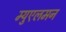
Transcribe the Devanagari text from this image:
म्युएलमन